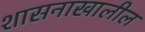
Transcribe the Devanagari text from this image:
शासनाखालील